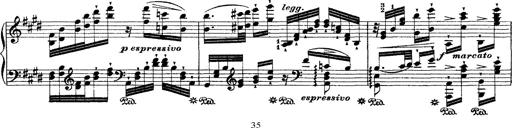
Title: Ã‰tudes d'exÃ©cution transcendante d'aprÃ¨s Paganini
Composer: Franz Liszt